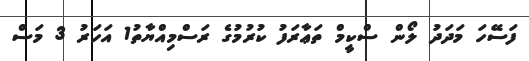
ފަސޭހަ މަދަދު ލޯން ސްކީމް ތަޢާރަފު ކުރުމުގެ ރަސްމިއްޔާތު1 އަހަރު 3 މަސް